Indian journal of veterinary science and animal husbandry - Volume 2,
Year: 1932
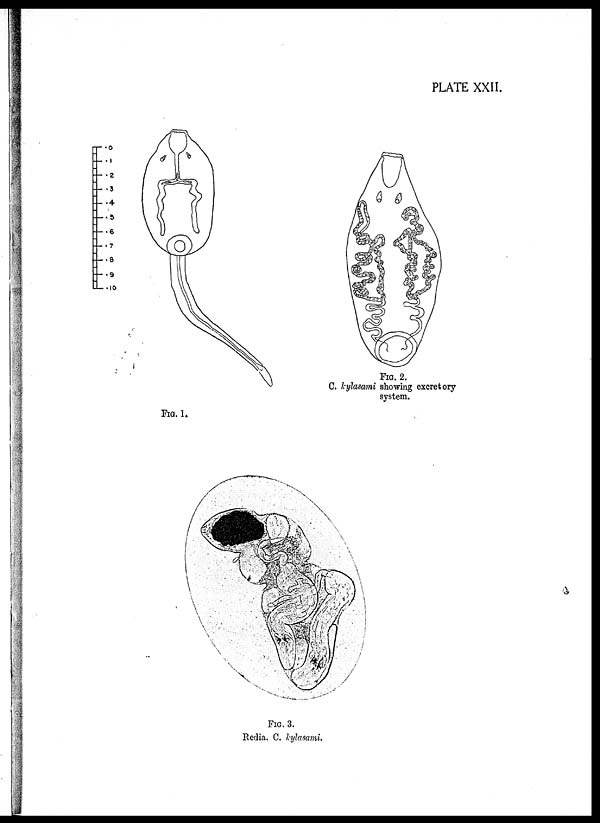
PLATE XXII.
FIG. 1.
FIG. 2.
C. kylasami showing excretory
system.
FIG. 3.
Redia. C. kylasami.